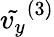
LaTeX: \tilde{v_{y}}^{(3)}